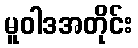
မူဝါဒအတိုင်း